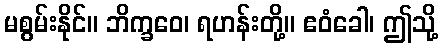
မစွမ်းနိုင်။ ဘိက္ခဝေ၊ ရဟန်းတို့။ ဧဝံခေါ၊ ဤသို့